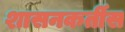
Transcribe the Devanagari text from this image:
शासनकर्तीस